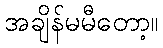
အချိန်မမီတော့။